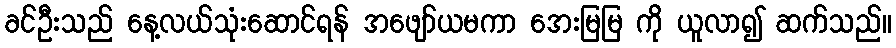
ခင်ဦးသည် နေ့လယ်သုံးဆောင်ရန် အဖျော်ယမကာ အေးမြမြ ကို ယူလာ၍ ဆက်သည်။